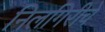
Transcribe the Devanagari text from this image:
निलगिरीचे